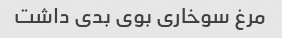
مرغ سوخارى بوى بدى داشت